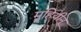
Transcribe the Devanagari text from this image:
मुहियीन्